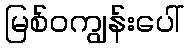
မြစ်ဝကျွန်းပေါ်